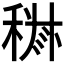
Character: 𱶘